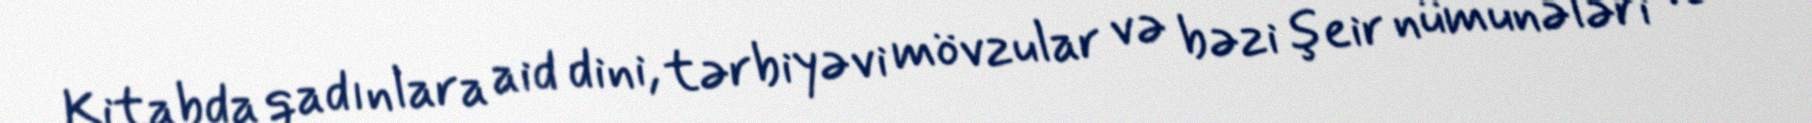
Kitabda qadınlara aid dini, tərbiyəvi mövzular və bəzi şeir nümunələri və